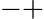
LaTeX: -+